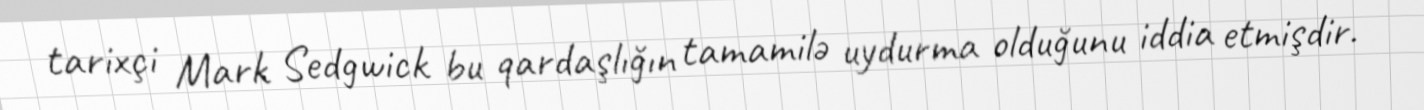
tarixçi Mark Sedgwick bu qardaşlığın tamamilə uydurma olduğunu iddia etmişdir.